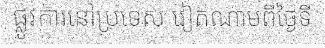
ផ្លូវការនៅប្រទេស វៀតណាមពីថ្ងៃទី